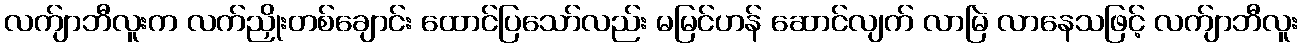
လက်ျာဘီလူးက လက်ညှိုးတစ်ချောင်း ထောင်ပြသော်လည်း မမြင်ဟန် ဆောင်လျက် လာမြဲ လာနေသဖြင့် လက်ျာဘီလူး